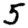
Digit: 5